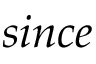
s i n c e